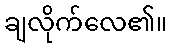
ချလိုက်လေ၏။